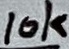
Text: 10k